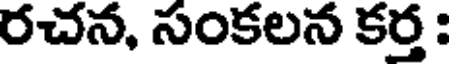
రచన, సంకలన కర్త :